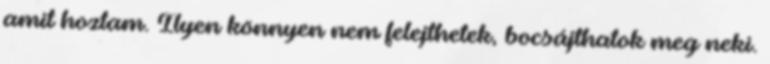
amit hoztam. Ilyen könnyen nem felejthetek, bocsájthatok meg neki.